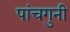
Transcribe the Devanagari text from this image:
पांचगुनी